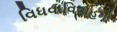
વિધવાવિવાહનો